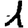
Digit: 1